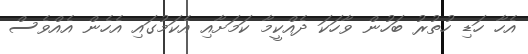
އެހާ ހަޑި ހުތުރު ބަހުން ވާހަކަ ދެއްކީމާ ކަމަށާއި އެކަމުގައި އެހެން އެއްވެސް